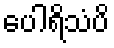
ပေါရိသံပိ